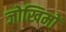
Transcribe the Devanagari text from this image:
जोखिमों